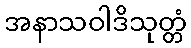
အနာသဝါဒိသုတ္တံ